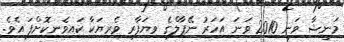
މަނީޝާ ވަނީ 2010 ވަނަ އަހަރު ނޭޕާލްގެ ވިޔަފާރި ވެރިޔަކާ ކައިވެނިކޮށްފަ އެވެ.